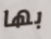
بها